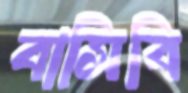
বাসিবি